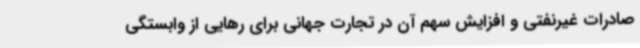
صادرات غیرنفتی و افزایش سهم آن در تجارت جهانی برای رهایی از وابستگی